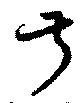
叔